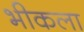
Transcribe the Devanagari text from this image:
भीकला